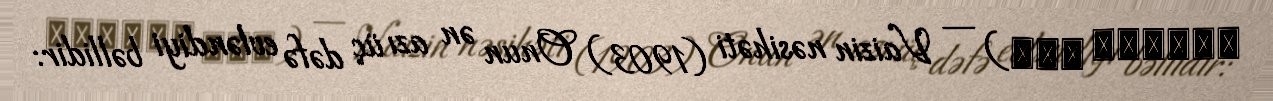
نصحيتو وعظ) — Vaizin nəsihəti (1903) Onun ən azı üç dəfə evləndiyi bəllidir: